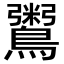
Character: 𪆀